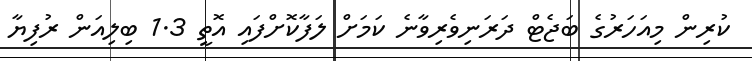
ކުރިން މިއަހަރުގެ ބަޖެޓް ދަރަނިވެރިވާނެ ކަމަށް ލަފާކޮށްފައި އޮތީ 1.3 ބިލިއަން ރުފިޔާ